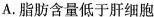
A.脂肪含量低于肝细胞